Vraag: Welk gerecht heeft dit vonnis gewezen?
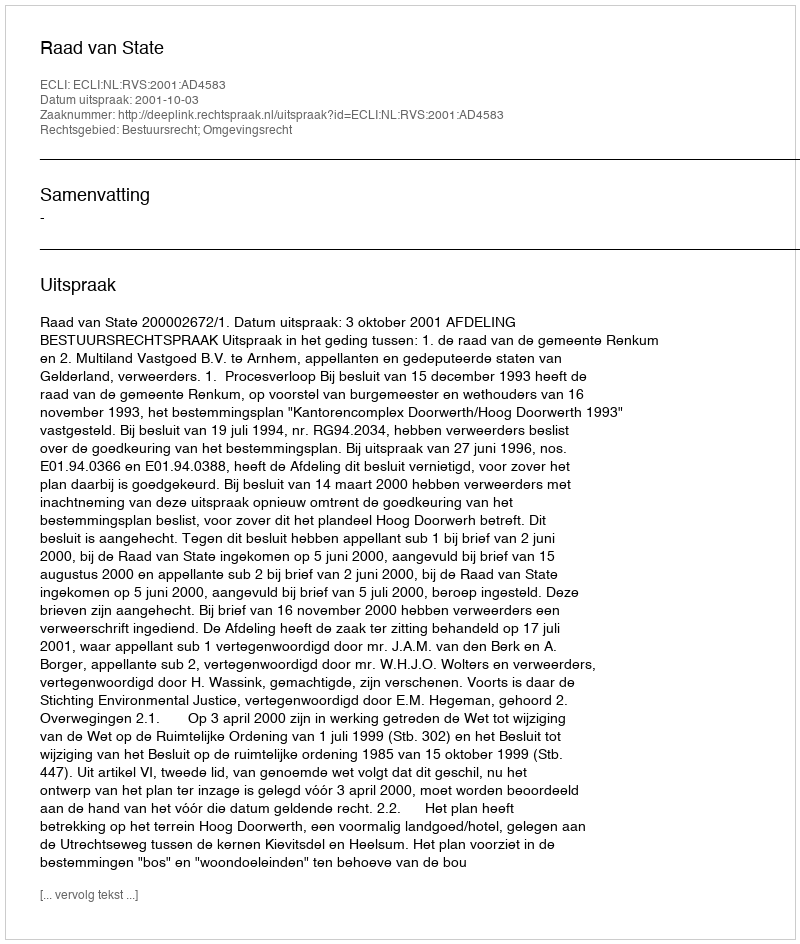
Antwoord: Raad van State